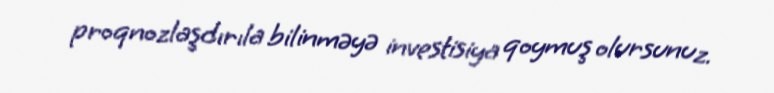
proqnozlaşdırıla bilinməyə investisiya qoymuş olursunuz.